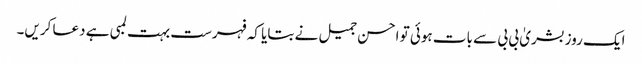
ایک روز بشریٰ بی بی سے بات ہوئی تو احسن جمیل نے بتایا کہ فہرست بہت لمبی ہے دعا کریں۔